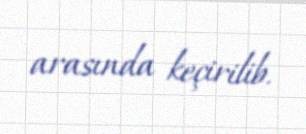
arasında keçirilib.